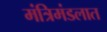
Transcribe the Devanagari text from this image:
मंत्रिमंडलात